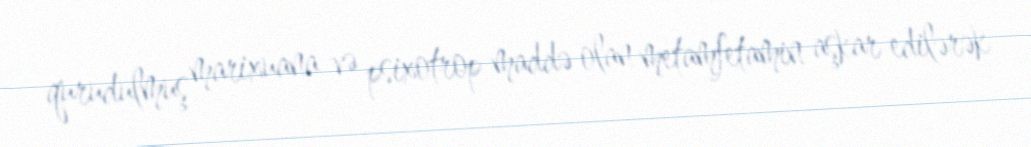
qurudulmuş marixuana və psixotrop maddə olan metamfetamin aşkar edilərək